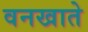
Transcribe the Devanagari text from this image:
वनखाते